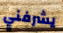
يشرفني